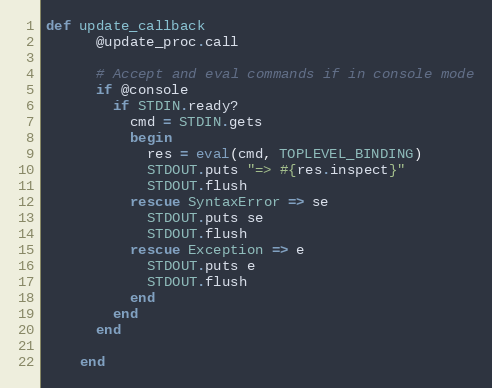
Language: Ruby
def update_callback
      @update_proc.call

      # Accept and eval commands if in console mode
      if @console
        if STDIN.ready?
          cmd = STDIN.gets
          begin
            res = eval(cmd, TOPLEVEL_BINDING)
            STDOUT.puts "=> #{res.inspect}"
            STDOUT.flush
          rescue SyntaxError => se
            STDOUT.puts se
            STDOUT.flush
          rescue Exception => e
            STDOUT.puts e
            STDOUT.flush
          end
        end
      end

    end